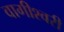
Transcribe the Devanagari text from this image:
वागीश्‍वरी